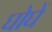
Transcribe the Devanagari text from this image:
घोघें